Indian journal of veterinary science and animal husbandry - Volumes 18-21, 1948-1951
Year: 1948
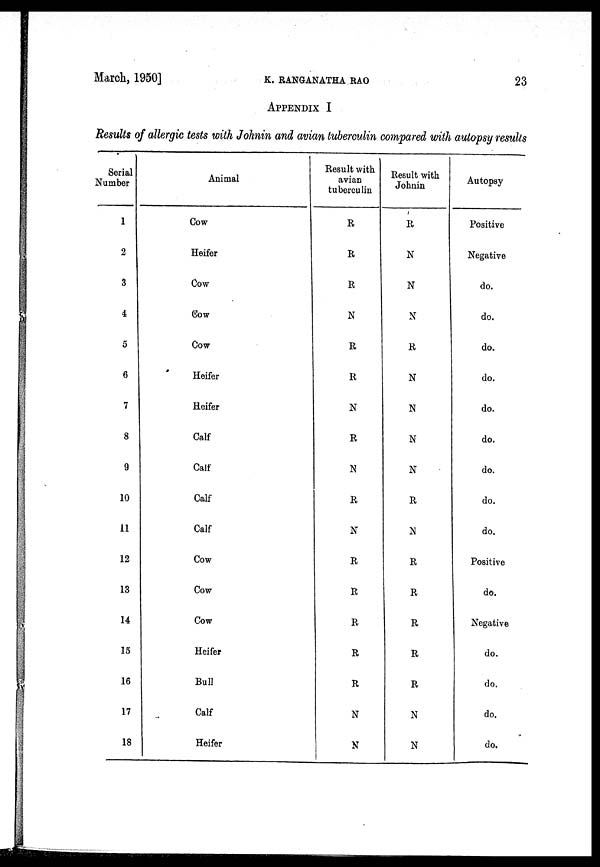
March, 1950]
K.
RANGANATHA
RAO
23
APPENDIX I
Results of allergic tests with Johnin and avian tuberculin compared with autopsy results
Serial
Number
1
2
3
4
5
6
7
8
9
10
11
12
13
14
15
16
17
18
Animal
Cow
Heifer
Cow
Cow
Cow
Heifer
Heifer
Calf
Calf
Calf
Calf
Cow
Cow
Cow
Heifer
Bull
Calf
Heifer
Result with
avian
tuberculin
R
R
R
N
R
R
N
R
N
R
N
R
R
R
R
R
N
N
Result with
Johnin
R
N
N
N
R
N
N
N
N
R
N
R
R
R
R
R
N
N
Autopsy
Positive
Negative
do.
do.
do.
do.
do.
do.
do.
do.
do.
Positive
do.
Negative
do.
do.
do.
do.